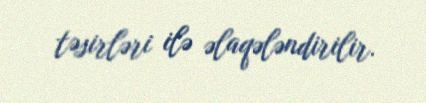
təsirləri ilə əlaqələndirilir.